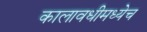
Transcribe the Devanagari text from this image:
कालावधीमध्येच